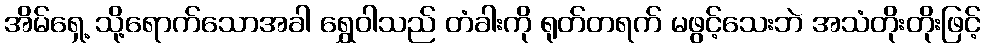
အိမ်ရှေ့ သို့ရောက်သောအခါ ရွှေဝါသည် တံခါးကို ရုတ်တရက် မဖွင့်သေးဘဲ အသံတိုးတိုးဖြင့်